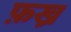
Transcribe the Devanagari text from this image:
फ़ख्र